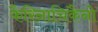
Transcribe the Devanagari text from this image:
कैरिनाचिकैनो